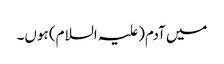
میں آدم(علیہ السلام) ہوں۔